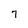
Character: 7